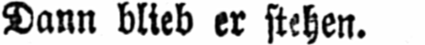
Dann blieb er stehen.